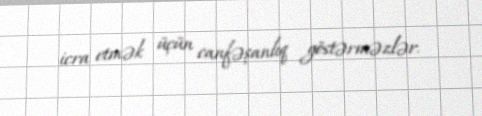
icra etmək üçün canfəşanlıq göstərməzlər.